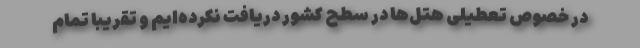
در خصوص تعطیلی هتل‌ها در سطح کشور دریافت نکرده‌ایم و تقریباً تمام